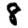
Digit: 8